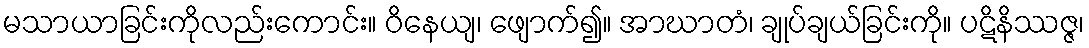
မသာယာခြင်းကိုလည်းကောင်း။ ဝိနေယျ၊ ဖျောက်၍။ အာဃာတံ၊ ချုပ်ချယ်ခြင်းကို။ ပဋိနိဿဇ္ဇ၊